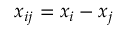
x _ { i j } = x _ { i } - x _ { j }